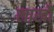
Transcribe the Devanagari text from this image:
लाखौ